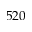
5 2 0